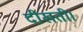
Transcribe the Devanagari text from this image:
दीखती।